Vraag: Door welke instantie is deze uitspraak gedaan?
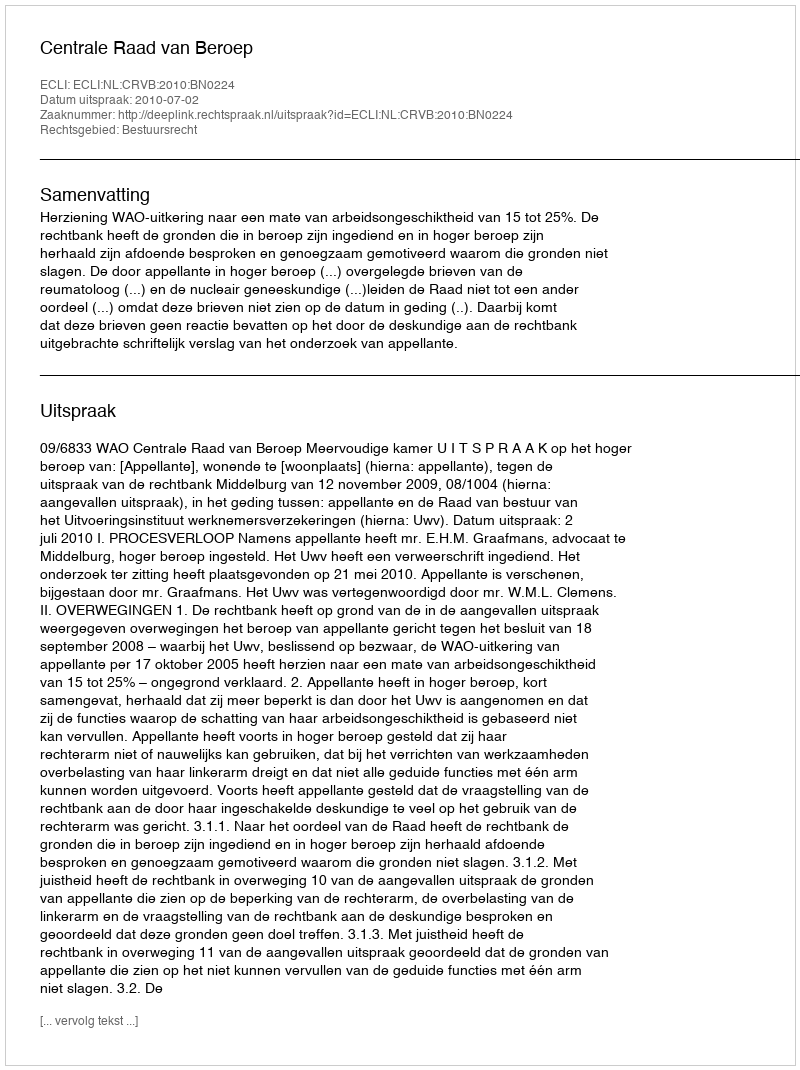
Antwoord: Centrale Raad van Beroep